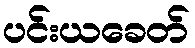
ပင်းယခေတ်